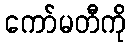
ကော်မတီကို